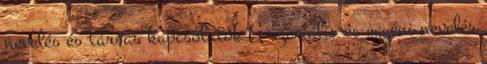
nevelés és társas kapcsolatok A szociális és egyéni nevelés